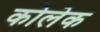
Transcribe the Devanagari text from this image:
कोलेक